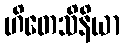
ဟိတေသိနိယာ